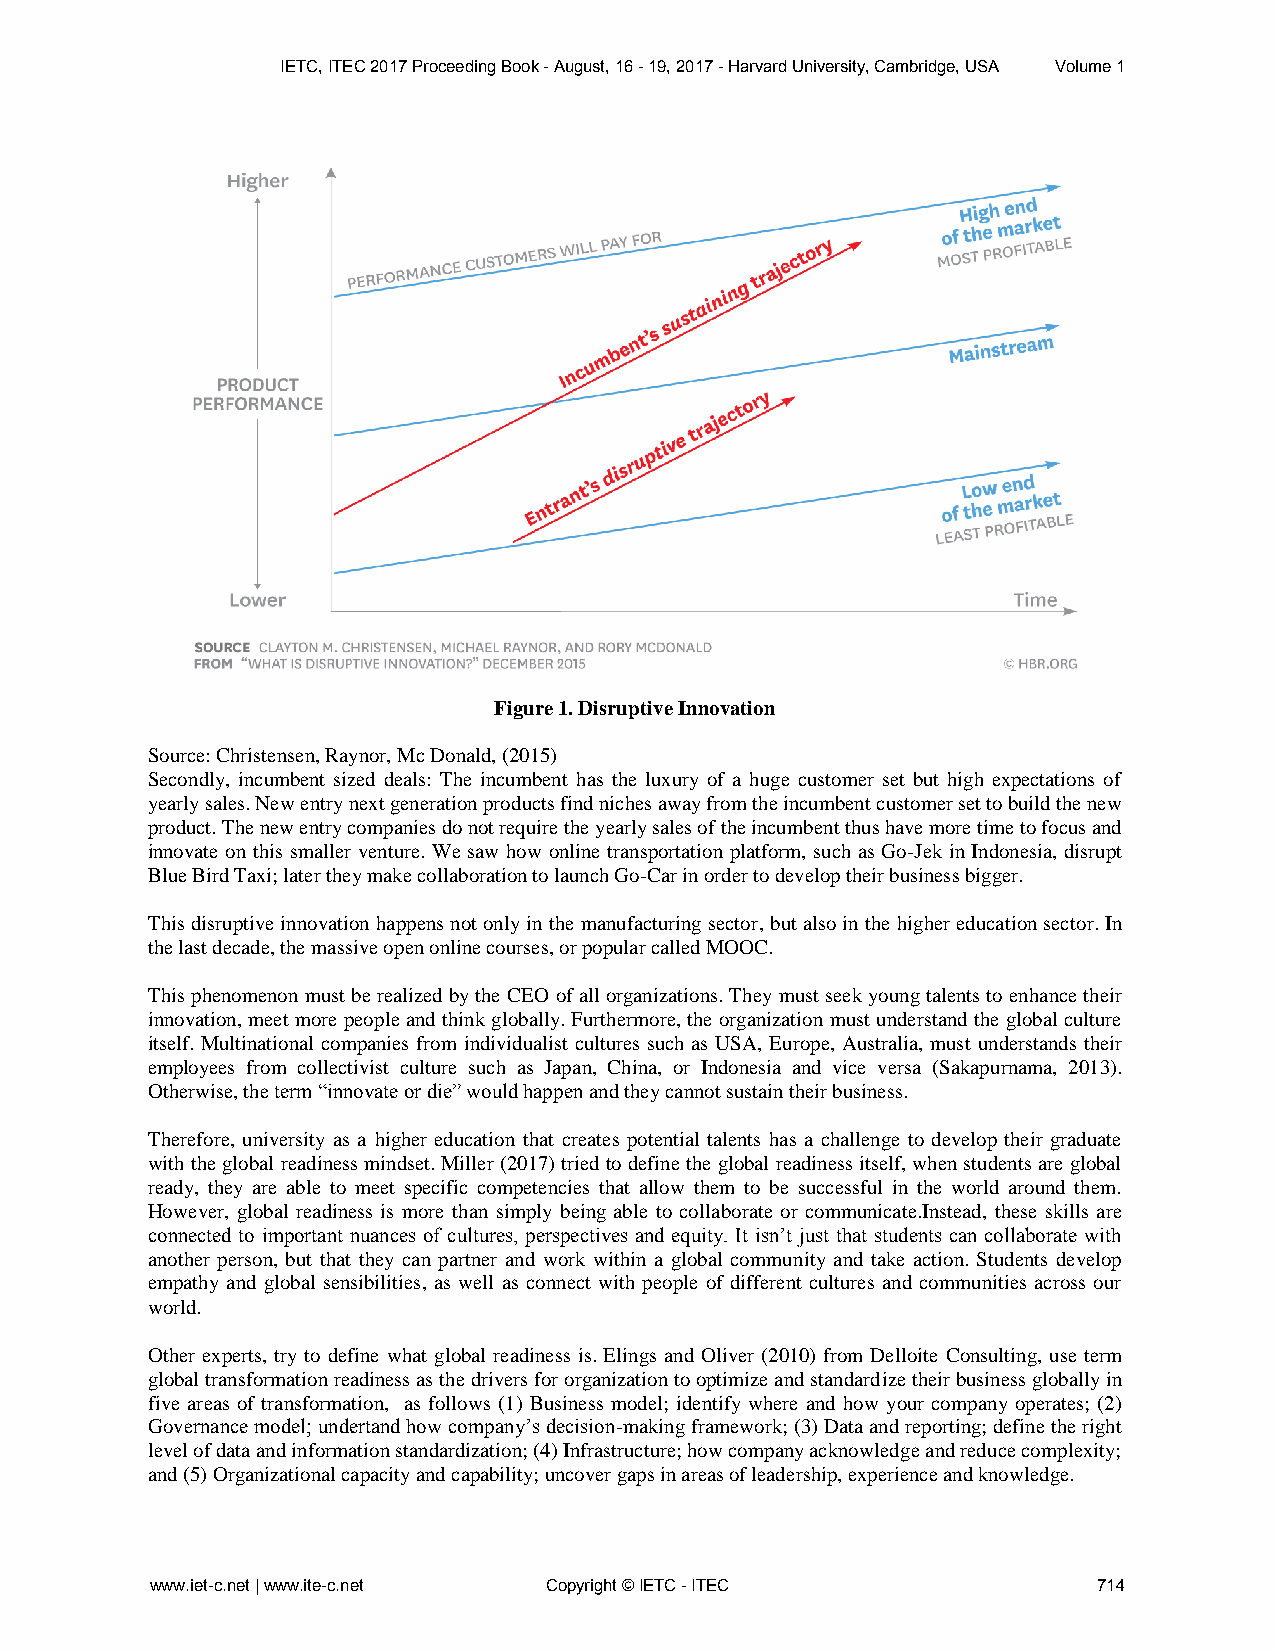
IETC, ITEC 2017 Proceeding Book - August, 16 - 19, 2017 - Harvard University, Cambridge, USA Volume 1
 Figure 1. Disruptive Innovation
 Source: Christensen, Raynor, Mc Donald, (2015)
 Secondly, incumbent sized deals: The incumbent has the luxury of a huge customer set but high expectations of
 yearly sales. New entry next generation products find niches away from the incumbent customer set to build the new
 product. The new entry companies do not require the yearly sales of the incumbent thus have more time to focus and
 innovate on this smaller venture. We saw how online transportation platform, such as Go-Jek in Indonesia, disrupt
 Blue Bird Taxi; later they make collaboration to launch Go-Car in order to develop their business bigger.
 This disruptive innovation happens not only in the manufacturing sector, but also in the higher education sector. In
 the last decade, the massive open online courses, or popular called MOOC.
 This phenomenon must be realized by the CEO of all organizations. They must seek young talents to enhance their
 innovation, meet more people and think globally. Furthermore, the organization must understand the global culture
 itself. Multinational companies from individualist cultures such as USA, Europe, Australia, must understands their
 employees from collectivist culture such as Japan, China, or Indonesia and vice versa (Sakapurnama, 2013).
 Otherwise, the term “innovate or die” would happen and they cannot sustain their business.
 Therefore, university as a higher education that creates potential talents has a challenge to develop their graduate
 with the global readiness mindset. Miller (2017) tried to define the global readiness itself, when students are global
 ready, they are able to meet specific competencies that allow them to be successful in the world around them.
 However, global readiness is more than simply being able to collaborate or communicate.Instead, these skills are
 connected to important nuances of cultures, perspectives and equity. It isn’t just that students can collaborate with
 another person, but that they can partner and work within a global community and take action. Students develop
 empathy and global sensibilities, as well as connect with people of different cultures and communities across our
 world.
 Other experts, try to define what global readiness is. Elings and Oliver (2010) from Delloite Consulting, use term
 global transformation readiness as the drivers for organization to optimize and standardize their business globally in
 five areas of transformation, as follows (1) Business model; identify where and how your company operates; (2)
 Governance model; undertand how company’s decision-making framework; (3) Data and reporting; define the right
 level of data and information standardization; (4) Infrastructure; how company acknowledge and reduce complexity;
 and (5) Organizational capacity and capability; uncover gaps in areas of leadership, experience and knowledge.
 www.iet-c.net | www.ite-c.net Copyright © IETC - ITEC          714